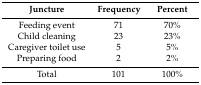
<table><thead><tr><td><b>Juncture</b></td><td><b>Frequency</b></td><td><b>Percent</b></td></tr></thead><tbody><tr><td>Feeding event</td><td>71</td><td>70%</td></tr><tr><td>Child cleaning</td><td>23</td><td>23%</td></tr><tr><td>Caregiver toilet use</td><td>5</td><td>5%</td></tr><tr><td>Preparing food</td><td>2</td><td>2%</td></tr><tr><td>Total</td><td>101</td><td>100%</td></tr></tbody></table>